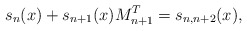
\begin{align*}s_{n}(x) + s_{n+1}(x)M_{n+1}^{T} = s_{n,n+2}(x),\end{align*}